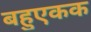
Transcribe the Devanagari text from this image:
बहुएकक